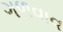
ગળવાવ